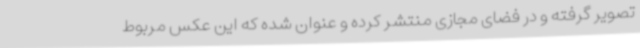
تصویر گرفته و در فضای مجازی منتشر کرده و عنوان شده که این عکس مربوط